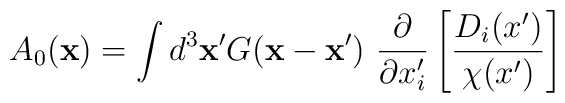
A_{0}({\bf x})=\int d^{3}{\bf x}^{\prime} G({\bf x}-{\bf x}')~ \frac{\partial}{\partial x'_{i}}\left[\frac{D_{i}(x')}{\chi(x')}\right]